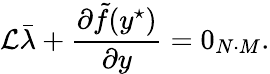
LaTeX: \mathcal{L}\bar{\lambda}+\frac{\partial\tilde{f}(y^{\star})}{\partial y}=0_{N\cdot M}.